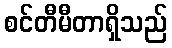
စင်တီမီတာရှိသည်